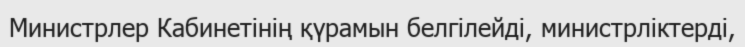
Министрлер Кабинетінің қүрамын белгілейді, министрліктерді,